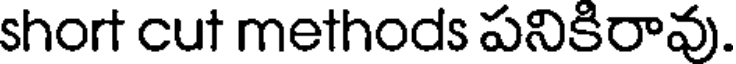
short cut methods పనికిరావు.